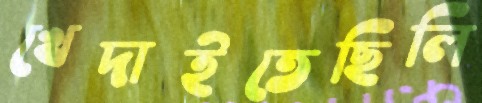
খেদাইতেছিলি